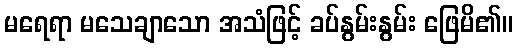
မရေရာ မသေချာသော အသံဖြင့် ခပ်နွမ်းနွမ်း ဖြေမိ၏။